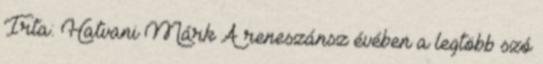
Irta: Hatvani Márk A reneszánsz évében a legtöbb szó